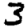
Digit: 3